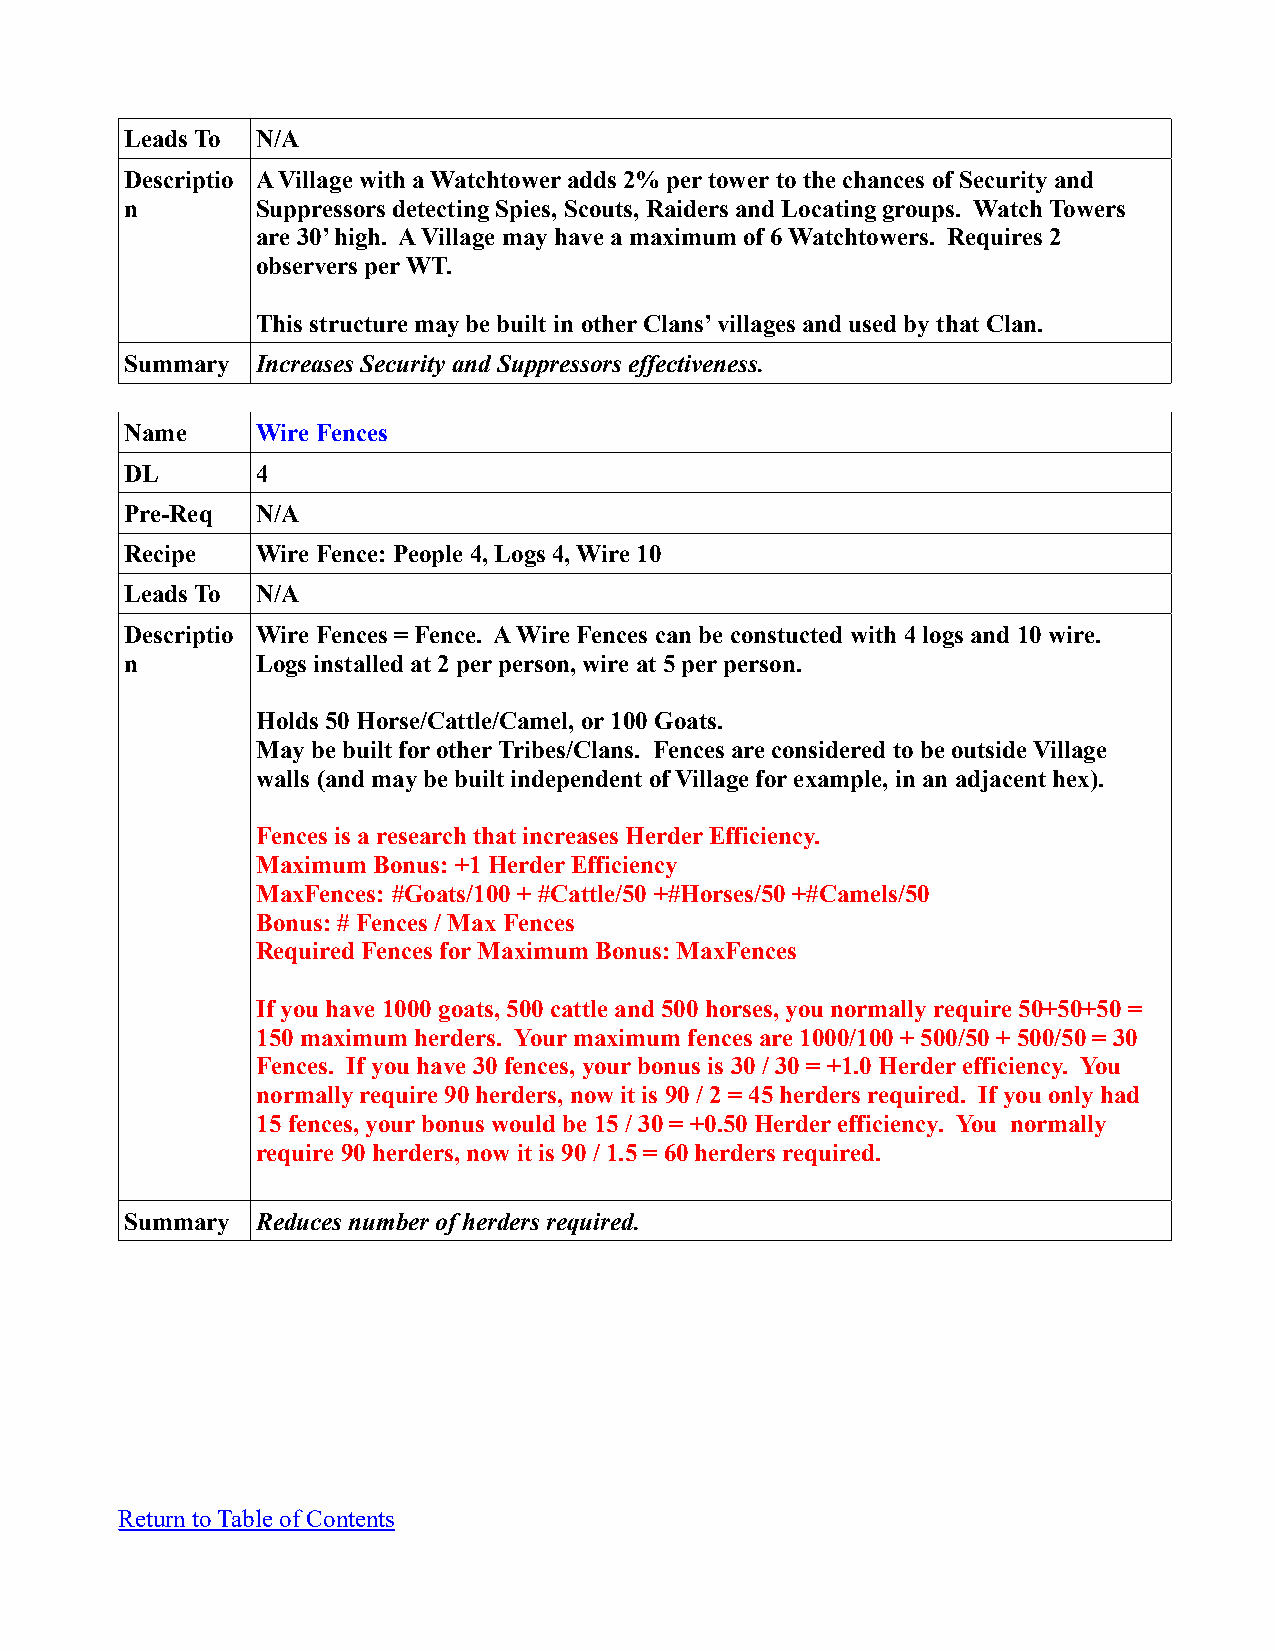
Leads To N/A
 Descriptio A Village with a Watchtower adds 2% per tower to the chances of Security and
 n        Suppressors detecting Spies, Scouts, Raiders and Locating groups. Watch Towers
 are 30’ high. A Village may have a maximum of 6 Watchtowers. Requires 2
 observers per WT.
 This structure may be built in other Clans’ villages and used by that Clan.
 Summary  Increases Security and Suppressors effectiveness.
 Name     Wire Fences
 DL       4
 Pre-Req  N/A
 Recipe   Wire Fence: People 4, Logs 4, Wire 10
 Leads To N/A
 Descriptio Wire Fences = Fence. A Wire Fences can be constucted with 4 logs and 10 wire.
 n        Logs installed at 2 per person, wire at 5 per person.
 Holds 50 Horse/Cattle/Camel, or 100 Goats.
 May be built for other Tribes/Clans. Fences are considered to be outside Village
 walls (and may be built independent of Village for example, in an adjacent hex).
 Fences is a research that increases Herder Efficiency.
 Maximum Bonus: +1 Herder Efficiency
 MaxFences: #Goats/100 + #Cattle/50 +#Horses/50 +#Camels/50
 Bonus: # Fences / Max Fences
 Required Fences for Maximum Bonus: MaxFences
 If you have 1000 goats, 500 cattle and 500 horses, you normally require 50+50+50 =
 150 maximum herders. Your maximum fences are 1000/100 + 500/50 + 500/50 = 30
 Fences. If you have 30 fences, your bonus is 30 / 30 = +1.0 Herder efficiency. You
 normally require 90 herders, now it is 90 / 2 = 45 herders required. If you only had
 15 fences, your bonus would be 15 / 30 = +0.50 Herder efficiency. You normally
 require 90 herders, now it is 90 / 1.5 = 60 herders required.
 Summary  Reduces number of herders required.
 Return to Table of Contents